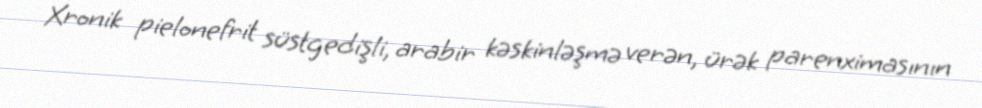
Xronik pielonefrit süstgedişli, arabir kəskinləşmə verən, ürək parenximasının